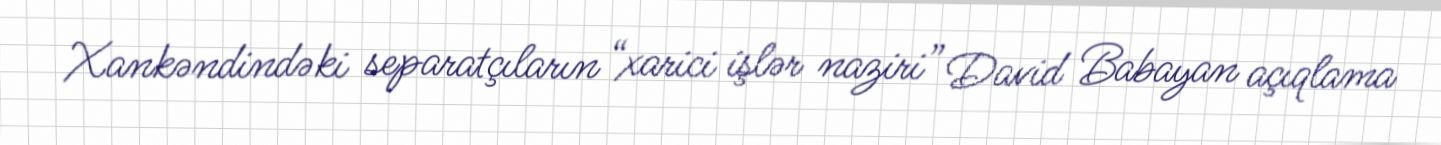
Xankəndindəki separatçıların “xarici işlər naziri” David Babayan açıqlama